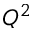
Q ^ { 2 }